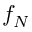
f _ { N }